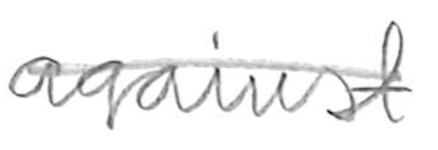
Text: against
Cross-out: single-line
Writing tool: pencil